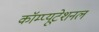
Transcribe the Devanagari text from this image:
कॉम्प्यूटेशनल